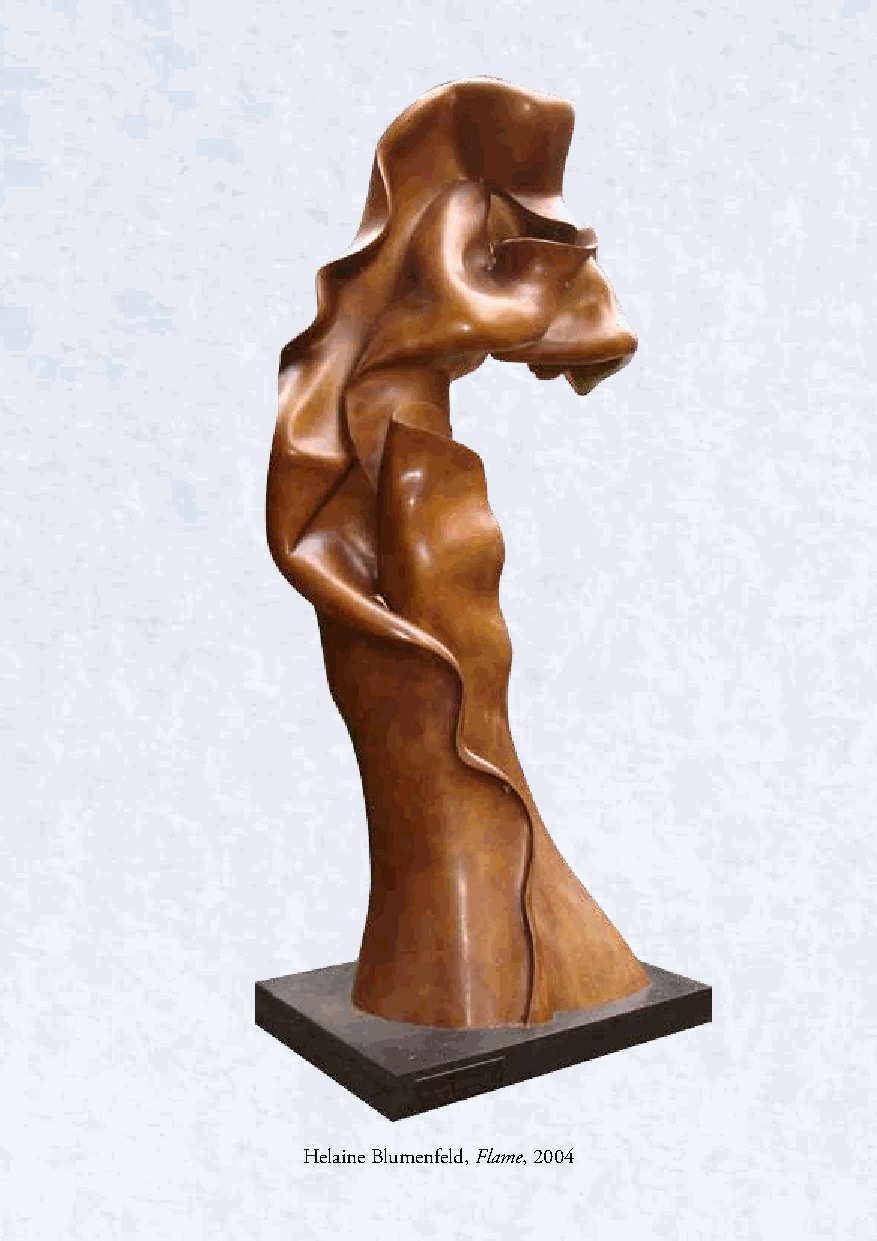
CLARE    HALL    CAMBRIDGE
 50th  Anniversary   Exhibition
 David Tress, 'Pembrokeshire Landscape', watercolour and gouache, 1997.
 Highlights   of the Art Collection
 7 July - 25 August 2016
 Helaine Blumenfeld, Flame, 2004